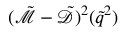
( \tilde { \mathcal { M } } - \tilde { \mathcal { D } } ) ^ { 2 } ( \tilde { q } ^ { 2 } )